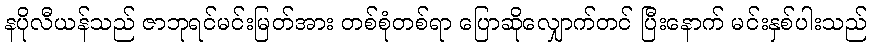
နပိုလီယန်သည် ဇာဘုရင်မင်းမြတ်အား တစ်စုံတစ်ရာ ပြောဆိုလျှောက်တင် ပြီးနောက် မင်းနှစ်ပါးသည်